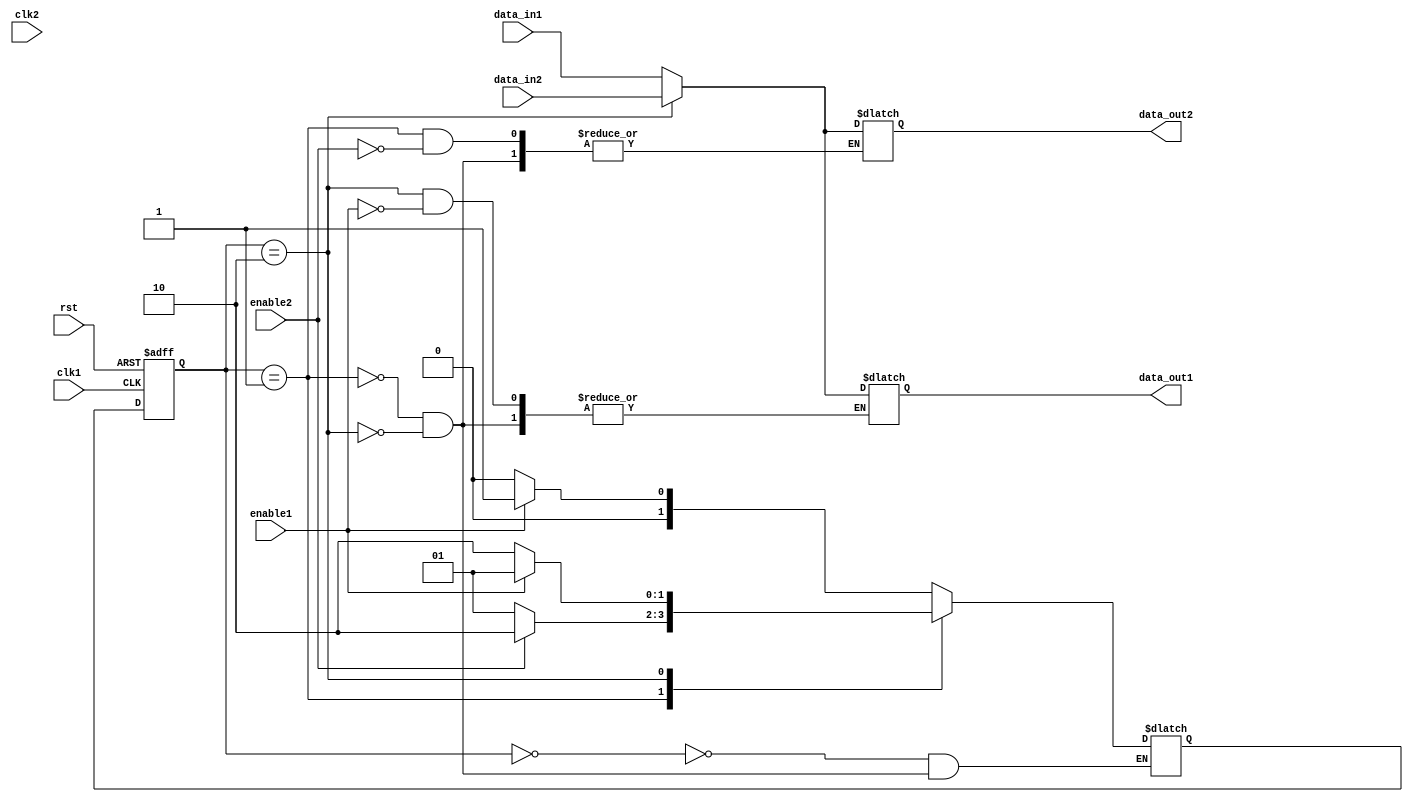
module timing_control_and_sync_blocks (
    input wire clk1,
    input wire rst,
    input wire data_in1,
    input wire enable1,
    
    input wire clk2,
    input wire data_in2,
    input wire enable2,
    
    output reg data_out1,
    output reg data_out2
);

reg [1:0] state;
reg [1:0] next_state;

always @(posedge clk1 or posedge rst) begin
    if (rst) begin
        state <= 2'b00;
    end else begin
        state <= next_state;
    end
end

always @(*) begin
    case (state)
        2'b00: begin // idle state
            if (enable1) begin
                next_state = 2'b01;
            end else begin
                next_state = 2'b00;
            end
        end
        2'b01: begin // data transfer from domain 1 to domain 2
            data_out1 <= data_in1;
            if (enable2) begin
                data_out2 <= data_in1;
                next_state = 2'b10;
            end else begin
                next_state = 2'b01;
            end
        end
        2'b10: begin // data transfer from domain 2 to domain 1
            data_out2 <= data_in2;
            if (enable1) begin
                data_out1 <= data_in2;
                next_state = 2'b01;
            end else begin
                next_state = 2'b10;
            end
        end
    endcase
end

endmodule